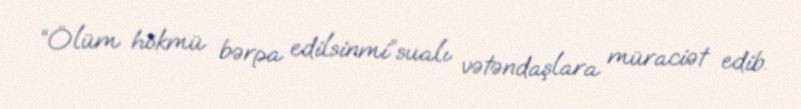
“Ölüm hökmü bərpa edilsinmi”sualı vətəndaşlara müraciət edib.